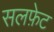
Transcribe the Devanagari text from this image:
सलफ़ेट